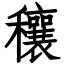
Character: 穰